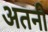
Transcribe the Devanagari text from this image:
अतनी